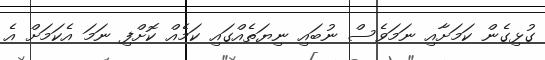
ގުޅިގެން ކަމަށާއި ނަމަވެސް ނުބައި ނިޔަތެއްގައި ކަމެއް ކޮށްފި ނަމަ އެކަމަށް އެ